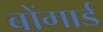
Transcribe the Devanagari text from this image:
बोंगार्ड